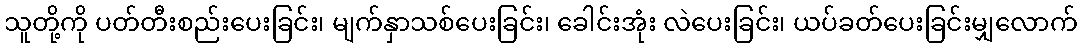
သူတို့ကို ပတ်တီးစည်းပေးခြင်း၊ မျက်နှာသစ်ပေးခြင်း၊ ခေါင်းအုံး လဲပေးခြင်း၊ ယပ်ခတ်ပေးခြင်းမျှလောက်